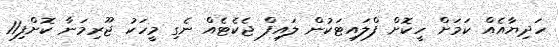
ހަދިޔާއެއް ކަމަށް ހީކޮށް ފްލައިޓަކުން ލައިފް ޖެކެޓެއް ނެގި މީހަކު ޖޫރިމަނާ ކޮށްފި11